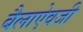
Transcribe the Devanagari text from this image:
बैलाऐवजी